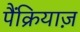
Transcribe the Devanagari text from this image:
पैंक्रियाज़